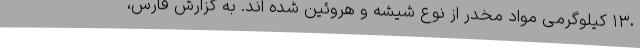
۱۳٠ کیلوگرمی مواد مخدر از نوع شیشه و هروئین شده اند. به گزارش فارس،